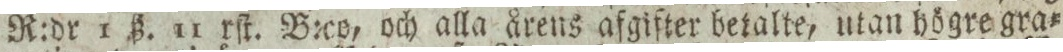
R:dr 1 ß. 11 rſt. B:co, och alla årens afgifter betalte, utan högre gra=